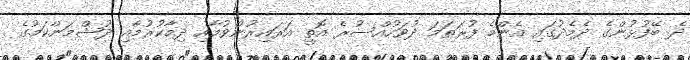
ދެ ބޭފުޅުންގެ ދެމެދުގައި އެންމެ ފުރަތަމަ ދުވަހުއްސުރެ އޮތީ އަރައިރުންވުމާއި ދިމާކުރުމާއި ދުޝްމަންކަމުގެ